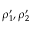
\rho _ { 1 } ^ { \prime } , \rho _ { 2 } ^ { \prime }